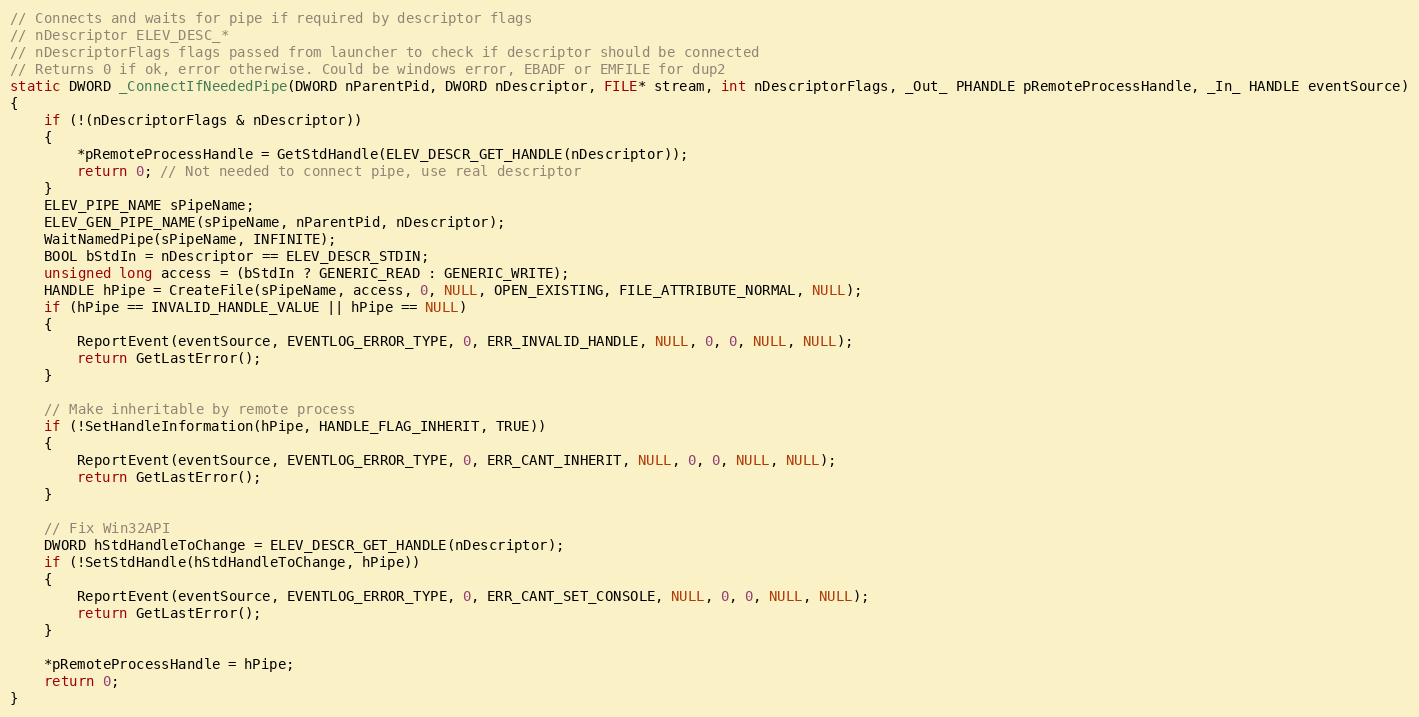
Language: C
// Connects and waits for pipe if required by descriptor flags
// nDescriptor ELEV_DESC_*
// nDescriptorFlags flags passed from launcher to check if descriptor should be connected
// Returns 0 if ok, error otherwise. Could be windows error, EBADF or EMFILE for dup2
static DWORD _ConnectIfNeededPipe(DWORD nParentPid, DWORD nDescriptor, FILE* stream, int nDescriptorFlags, _Out_ PHANDLE pRemoteProcessHandle, _In_ HANDLE eventSource)
{
	if (!(nDescriptorFlags & nDescriptor))
	{
		*pRemoteProcessHandle = GetStdHandle(ELEV_DESCR_GET_HANDLE(nDescriptor));
		return 0; // Not needed to connect pipe, use real descriptor
	}
	ELEV_PIPE_NAME sPipeName;
	ELEV_GEN_PIPE_NAME(sPipeName, nParentPid, nDescriptor);
	WaitNamedPipe(sPipeName, INFINITE);
	BOOL bStdIn = nDescriptor == ELEV_DESCR_STDIN;
	unsigned long access = (bStdIn ? GENERIC_READ : GENERIC_WRITE);
	HANDLE hPipe = CreateFile(sPipeName, access, 0, NULL, OPEN_EXISTING, FILE_ATTRIBUTE_NORMAL, NULL);
	if (hPipe == INVALID_HANDLE_VALUE || hPipe == NULL)
	{
		ReportEvent(eventSource, EVENTLOG_ERROR_TYPE, 0, ERR_INVALID_HANDLE, NULL, 0, 0, NULL, NULL);
		return GetLastError();
	}

	// Make inheritable by remote process
	if (!SetHandleInformation(hPipe, HANDLE_FLAG_INHERIT, TRUE))
	{
		ReportEvent(eventSource, EVENTLOG_ERROR_TYPE, 0, ERR_CANT_INHERIT, NULL, 0, 0, NULL, NULL);
		return GetLastError();
	}

	// Fix Win32API
	DWORD hStdHandleToChange = ELEV_DESCR_GET_HANDLE(nDescriptor);
	if (!SetStdHandle(hStdHandleToChange, hPipe))
	{
		ReportEvent(eventSource, EVENTLOG_ERROR_TYPE, 0, ERR_CANT_SET_CONSOLE, NULL, 0, 0, NULL, NULL);
		return GetLastError();
	}

	*pRemoteProcessHandle = hPipe;
	return 0;
}